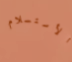
الأستسلام